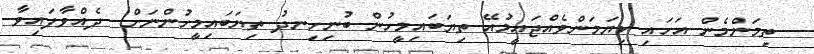
ތިމަންމެން އަހައި ކިޔަމަންވެއްޖައީމުއޭ ތިޔަބައިމީހުން ބުނިހިނދު ތިޔަބައިމީހުންނަށް  ދެއްވާފައިވާ